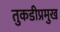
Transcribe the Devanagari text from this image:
तुकडीप्रमुख